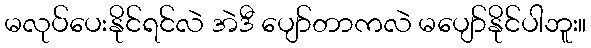
မလုပ်ပေးနိုင်ရင်လဲ အဲဒီ ပျော်တာကလဲ မပျော်နိုင်ပါဘူး။